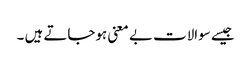
جیسے سوالات بے معنی ہوجاتے ہیں ۔